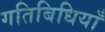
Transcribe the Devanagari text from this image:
गतिबिधियाँ